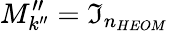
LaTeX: M_{k^{\prime\prime}}^{\prime\prime}=\mathfrak{I}_{n_{HEOM}}